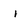
Character: i